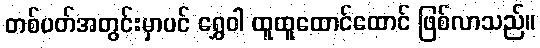
တစ်ပတ်အတွင်းမှာပင် ရွှေဝါ ထူထူထောင်ထောင် ဖြစ်လာသည်။